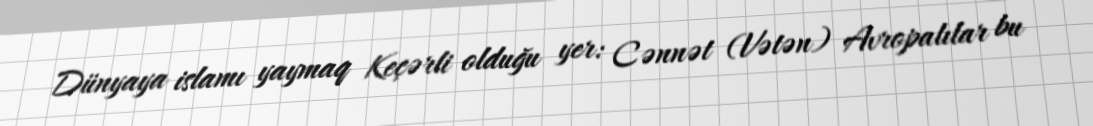
Dünyaya islamı yaymaq Keçərli olduğu yer: Cənnət (Vətən) Avropalılar bu